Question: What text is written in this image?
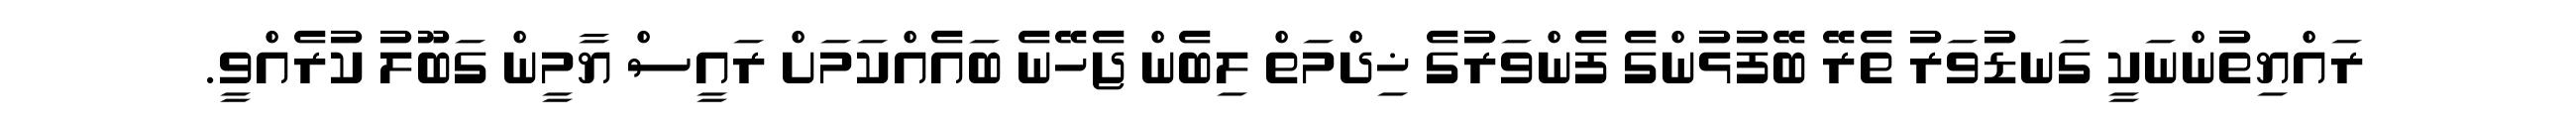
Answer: ރައްޔިތުންނަކީ ގަނޑުވަރު ތެރޭ ބޭފުޅުންގެ ފެންވަރުގެ ޚިދްމަތް ލިބެން ޖެހޭނެ ބައެއްކަމަށް ރައީސް ޔާމީން ގަބޫލު ކުރެއްވީ.